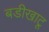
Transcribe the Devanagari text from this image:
बडीखाटू